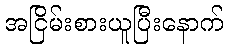
အငြိမ်းစားယူပြီးနောက်